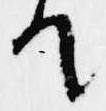
て